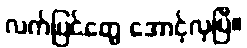
လက်ပြင်တွေ အောင့်လှပြီ။